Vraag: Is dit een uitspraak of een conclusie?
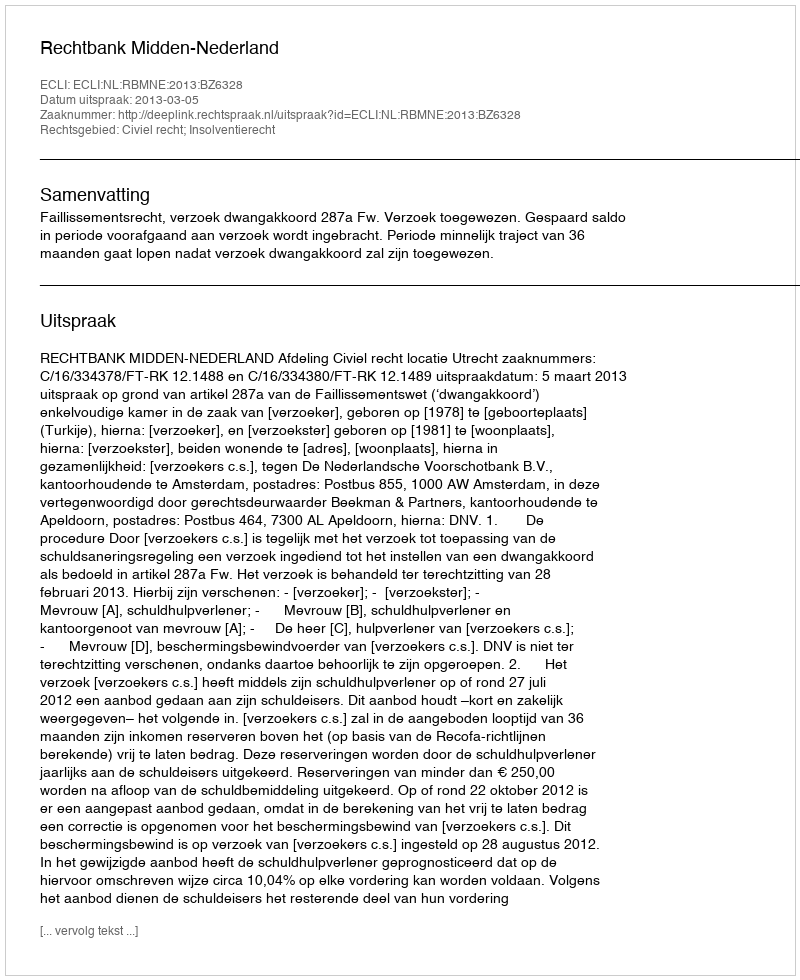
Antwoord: Uitspraak